Report on inoculation in the plague infected areas of the Punjab and its dependencies from October 1900 to September 1901
Year: 1900
Disease focus: Plague
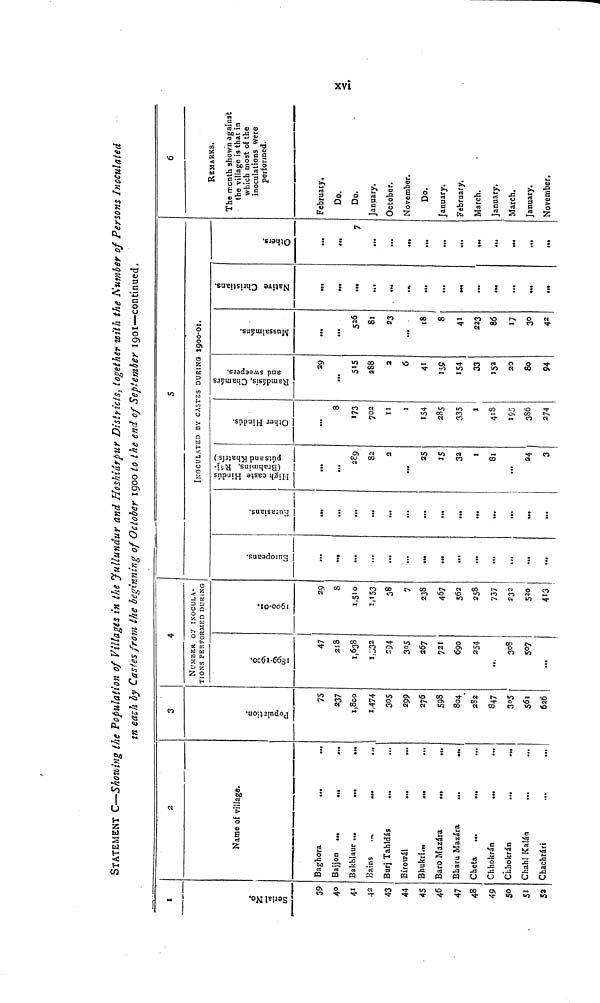
xvi
STATEMENT C = Showing the Population of Villages in the Jullundur and Hoshiárpur Districts, together with the Number of Persons Inoculated
in each by Castes from the beginning of October 1900 to the end of September 1901-—continued.
1
Serial No.
39
40
41
42
43
44
45
46
47
48
49
50
51
52
2
Name of village.
Baghora
...
...
Bajjon
Bakhlaur
Hains
Burj Tahldás
Bírowál
...
Bhukri.
...
Baro Mazára
...
...
Bharu Mazára
...
...
Cheta ...
Chhokrán
...
.
Chhokrán
.
Chahl Kalán
Chachrári
...
...
3
Population
75
237
1, 800
1,474
305
299
276
598
S04
282
847
305
561
626
4
NUMBER OF INOCULA-
TIONS PERFORMED DURING
1899-1900.
47
218
1,638
1,332
294
305
267
721
690
254
...
308
507
...
1900-01.
29
8
1,510
1,153
38
7
238
467
562
258
737
232
520
413
Europeans.
.
...
...
...
...
...
...
...
...
.
...
...
Eurasians.
...
...
...
...
...
...
...
...
...
...
...
...
5
INOCULATED BY CASTES DURING 1900-01.
High caste Hindús (Brahmins, Rájpúts and Khatrís.)
...
289
82
2
...
25
15
32
1
81
...
24
3
Other Hindús.
...
8
173
702
11
1
154
285
335
1
418
195
386
274
Ramdásis, Chamárs and sweepers.
29
...
515
288
2
6
41
159
154
33
152
20
80
94
Mussalmáns.
...
...
526
81
23
...
18
8
41
223
86
17
30
42
Native Christians.
...
...
...
...
...
...
...
...
Others.
...
7
...
...
...
...
...
...
...
...
...
6
REMARKS.
The month shown against
the village is that in
which most of the
inoculations were
performed.
February.
Do.
Do.
January.
October.
November.
Do.
January.
February,
March.
January.
March.
January.
November.